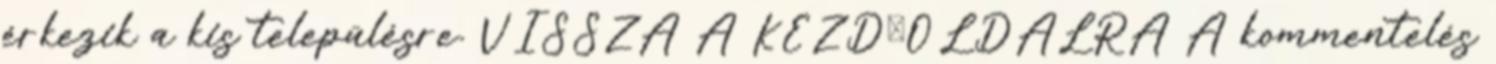
érkezik a kis településre. VISSZA A KEZDŐOLDALRA A kommentelés